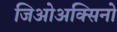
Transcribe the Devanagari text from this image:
जिओअक्सिनो